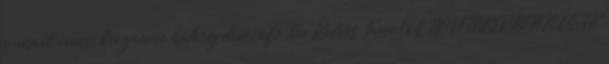
e-mail címe: keczanne.hedvig diminfo.hu Kedves Tanulók NOVEMBERBEN IS CSAK